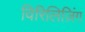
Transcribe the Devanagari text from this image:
विरिलिज़िंग